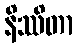
နိဿိတာ